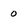
Character: o